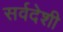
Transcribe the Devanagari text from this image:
सर्वदेशी